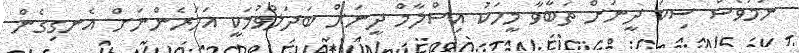
ނަމަވެސް ސިކު ދީނަށް ތަބާވާ މީހަކު އިސްލާމް ދީނަށް ބަދަލުވުމަކީ އަހަރެންނަށް އެނގިގެން